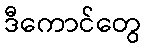
ဒီကောင်တွေ